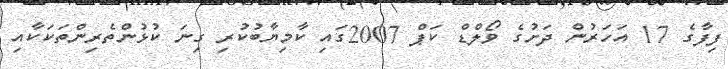
ފިފާގެ 17 އަހަރުން ދަށުގެ ވޯލްޑް ކަޕް 2007ގައި ކާމިޔާބުކުރި ގިނަ ކުޅުންތެރިންތަކަކާއި